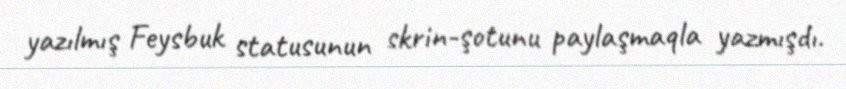
yazılmış Feysbuk statusunun skrin-şotunu paylaşmaqla yazmışdı.